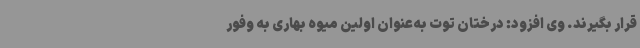
قرار بگیرند. وی افزود: درختان توت به‌عنوان اولین میوه بهاری به وفور